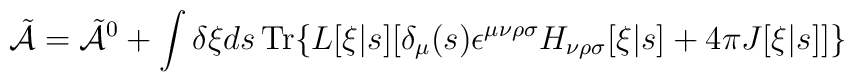
\tilde{{\cal A}} = \tilde{{\cal A}}^0 + \int \delta \xi ds \,\mbox{\rm Tr} \{L[\xi|s]   [\delta_\mu(s) \epsilon^{\mu\nu\rho\sigma} H_{\nu\rho\sigma}[\xi|s]   + 4\pi J[\xi|s]]\}